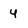
Character: 4